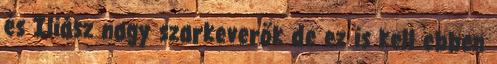
és Iliász nagy szarkeverők de ez is kell ebben